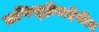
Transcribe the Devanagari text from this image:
प्राणिसृष्टीबाहेरील